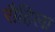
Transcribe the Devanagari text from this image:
रौहिला